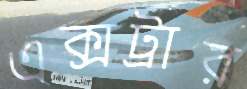
এক্সট্রার